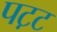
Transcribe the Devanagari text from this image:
पट़ट